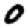
Digit: 0